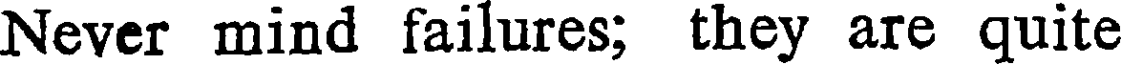
Never mind failures; they are quite